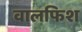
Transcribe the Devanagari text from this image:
वालफिश